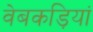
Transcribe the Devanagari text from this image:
वेबकड़ियां